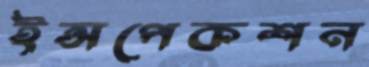
ইন্সপেকশন